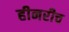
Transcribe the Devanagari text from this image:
हीनरीच